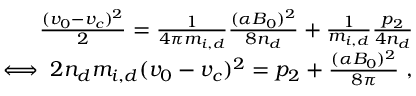
\begin{array} { r } { \frac { ( v _ { 0 } - v _ { c } ) ^ { 2 } } { 2 } = \frac { 1 } { 4 \pi m _ { i , d } } \frac { ( \alpha B _ { 0 } ) ^ { 2 } } { 8 n _ { d } } + \frac { 1 } { m _ { i , d } } \frac { p _ { 2 } } { 4 n _ { d } } } \\ { \iff 2 n _ { d } m _ { i , d } ( v _ { 0 } - v _ { c } ) ^ { 2 } = p _ { 2 } + \frac { ( \alpha B _ { 0 } ) ^ { 2 } } { 8 \pi } \ , } \end{array}